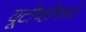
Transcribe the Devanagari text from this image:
यूटीव्हीमध्ये